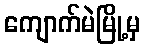
ကျောက်မဲမြို့မှ